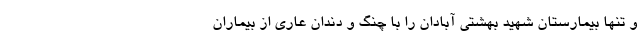
و تنها بیمارستان شهید بهشتی آبادان را با چنگ و دندان عاری از بیماران